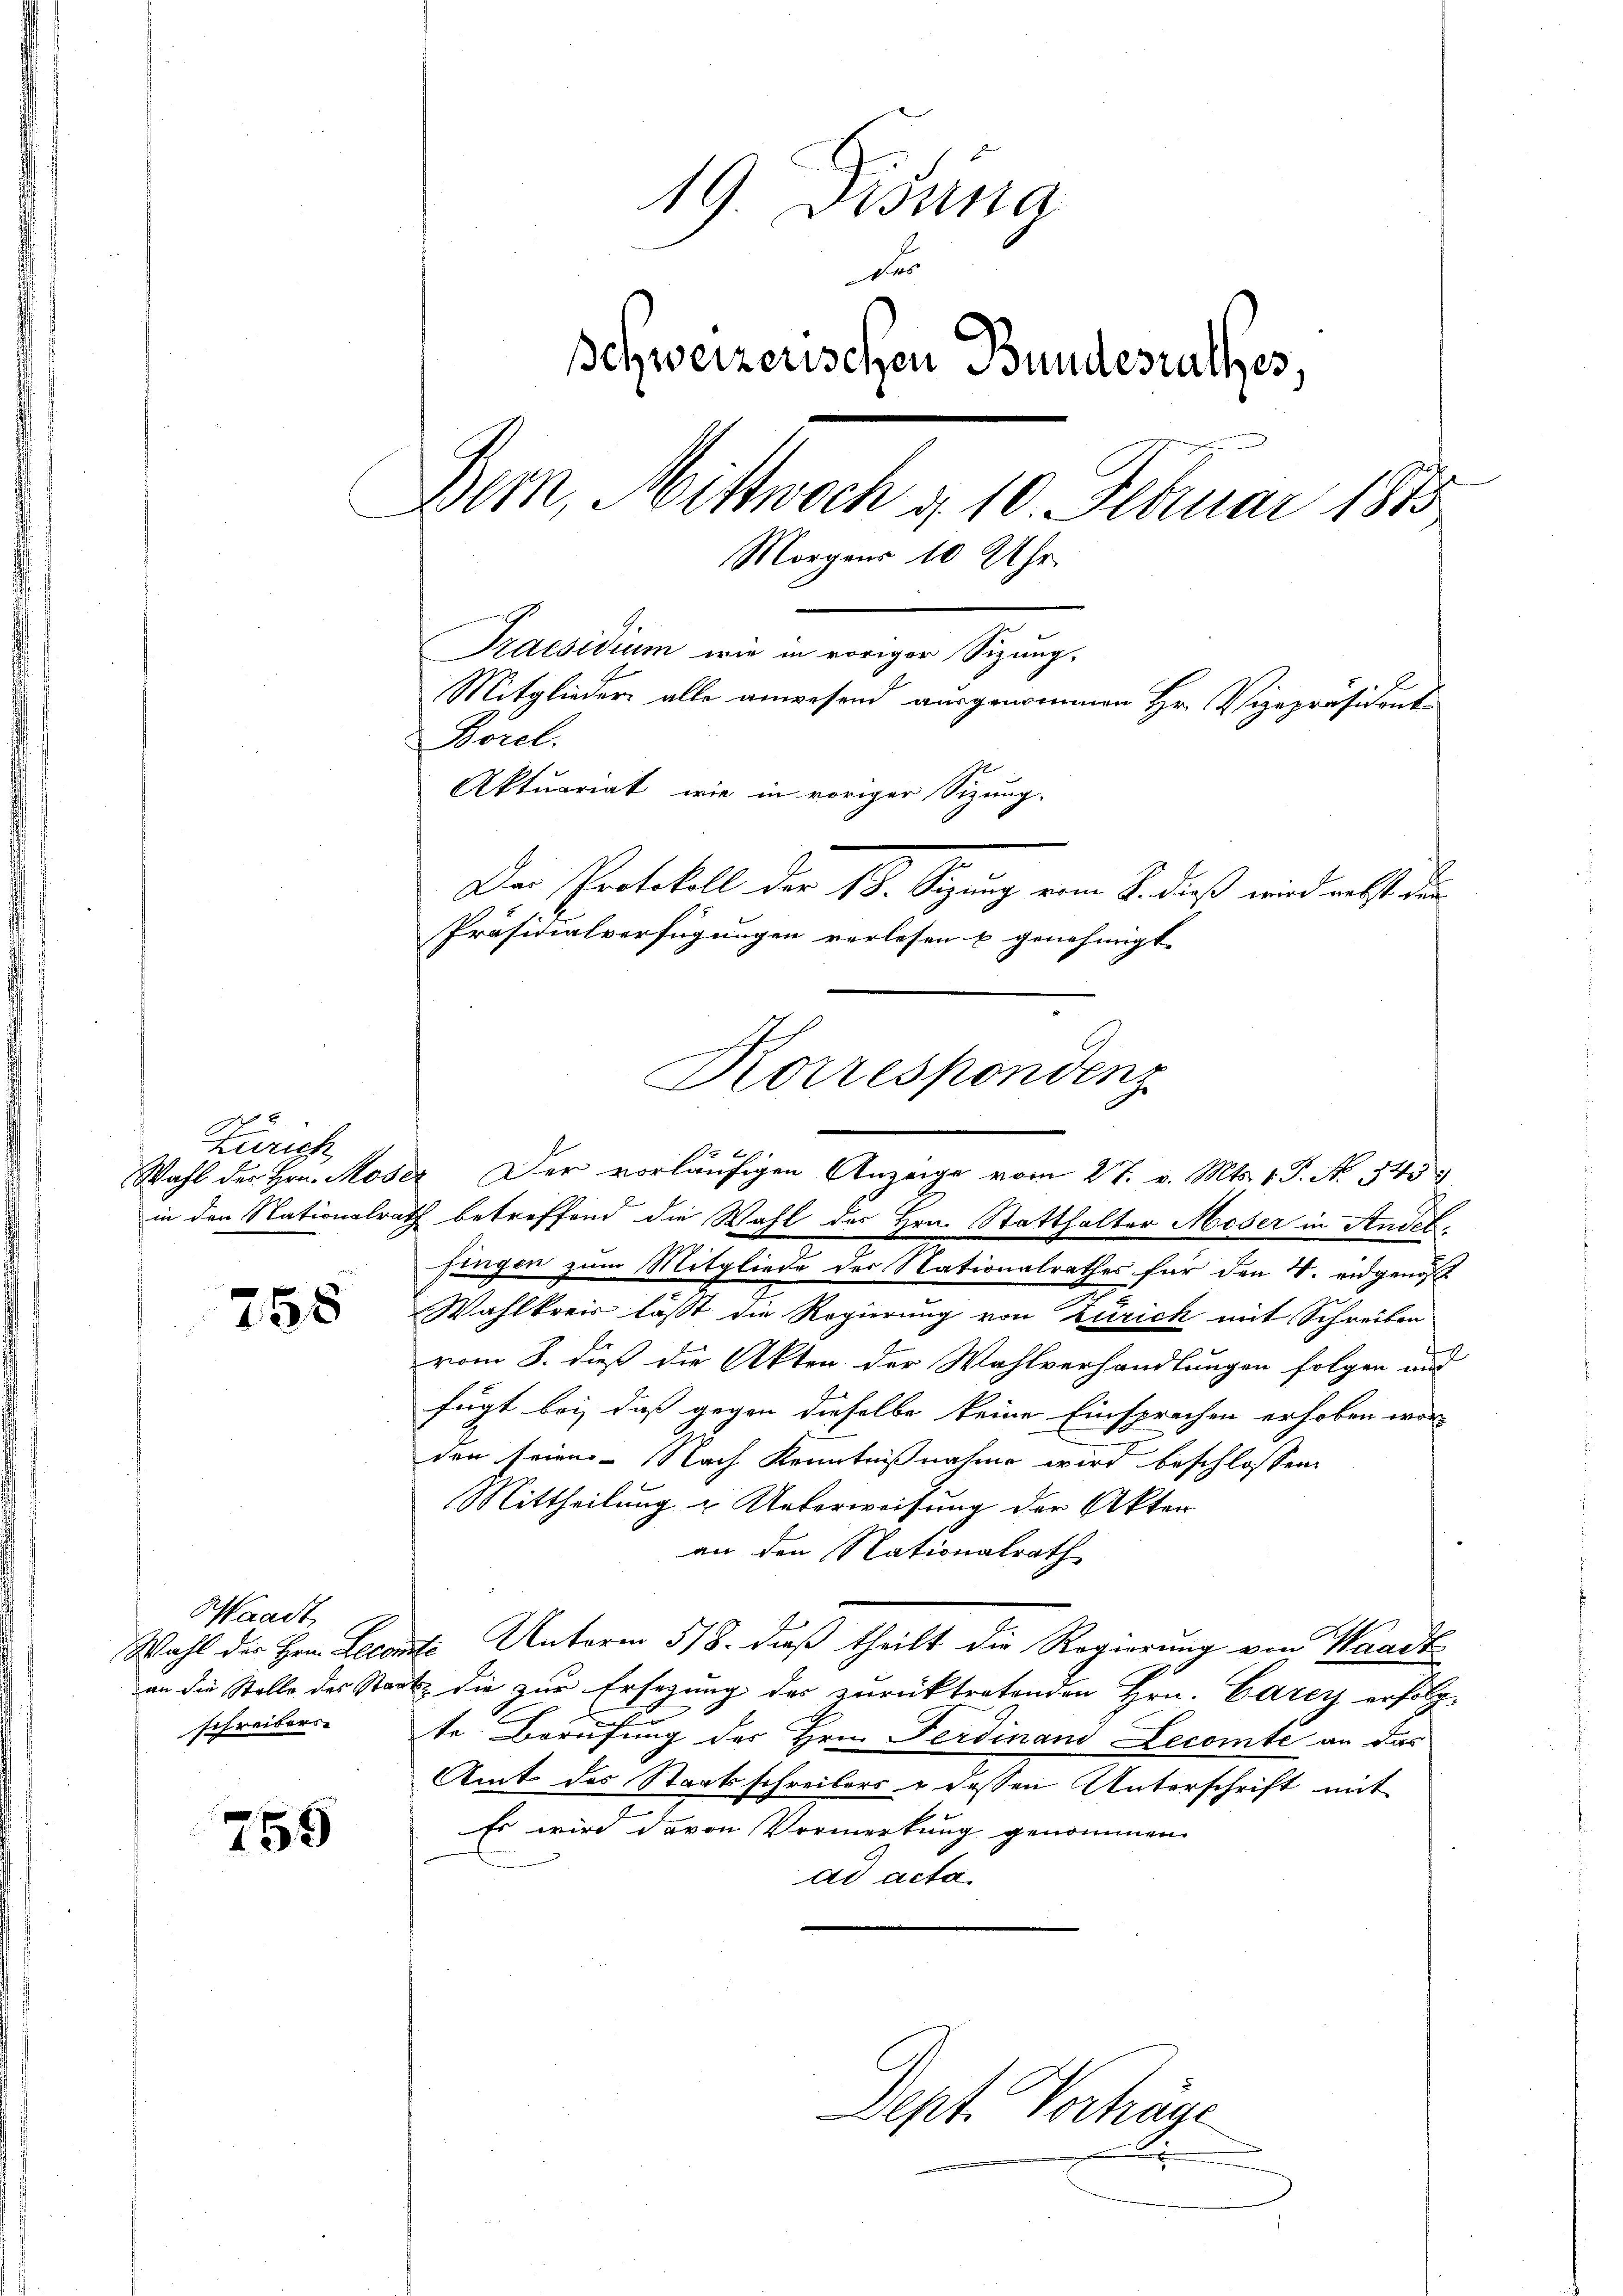
Zürich

258

Waadt
schreibers

755

19. Disung
F
schweizerischen Bundesrathes,
Dern, Mittwoch d. 10. Februar 1813
Morgens 10 Uhr
.
Praesidium wie in voriger Sizung.
Mitglieder alle anwesend ausgenommen Hr. Vizepräsident
Borel.
Aktuariat, wie in voriger Sizung.
Der Protokoll der 18. Sizung vom 8. dieß wird nebst der
Präsidialverfügungen verlesen u genehmigt.

in den Nationalrath betreffend die Wahl des Hrn. Statthalter Moser in Andelfingen zum Mitgliede der Nationalrathes für den 4. eidgenöß
Wahlkreis lässt die Regierung von Zürich mit Schreiben
vom 8. dieß die Akten der Wahlverhandlungen folgen und
fügt bei dass gegen dieselbe keine Einsprechen erhoben worden seien.- Nach Kenntnißnahme wird beschlossen:
Mittheilung & Unterweisung der Akten
an den Nationalrath
Wahl der Hrn. Lecomte Unterm 518. dieß theilt die Regierung von Waadt
an die Stelle des Stadt die zur Ersezung des zurücktretenden Hrn. Carey erfolg-
te Berufung des Hrn. Ferdinand Lecomte an das
Amt des Staatsschreibers & dessen Unterschrift mit
Es wird davon Vermerkung genommen
ad acta.

6
Wahl der Hrn. Moser Der vorläŭfigen Anzeige vom 27. v. Mts. 1. P. No. 545

Korrespondenz

Dept. Vorhäge